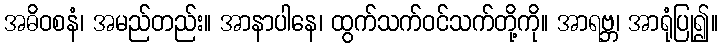
အဓိဝစနံ၊ အမည်တည်း။ အာနာပါနေ၊ ထွက်သက်ဝင်သက်တို့ကို။ အာရဗ္ဘ၊ အာရုံပြု၍။